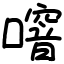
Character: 噾